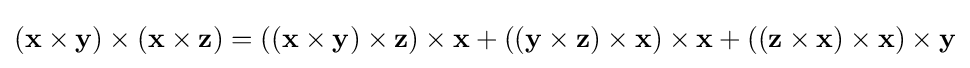
(\mathbf {x} \times \mathbf {y} )\times (\mathbf {x} \times \mathbf {z} )=((\mathbf {x} \times \mathbf {y} )\times \mathbf {z} )\times \mathbf {x} +((\mathbf {y} \times \mathbf {z} )\times \mathbf {x} )\times \mathbf {x} +((\mathbf {z} \times \mathbf {x} )\times \mathbf {x} )\times \mathbf {y}